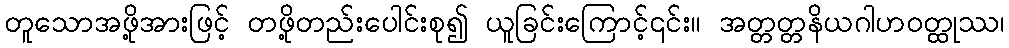
တူသောအဖို့အားဖြင့် တဖို့တည်းပေါင်းစု၍ ယူခြင်းကြောင့်၎င်း။ အတ္တတ္တနိယဂါဟဝတ္ထုဿ၊